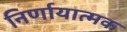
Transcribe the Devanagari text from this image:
निर्णायात्मक